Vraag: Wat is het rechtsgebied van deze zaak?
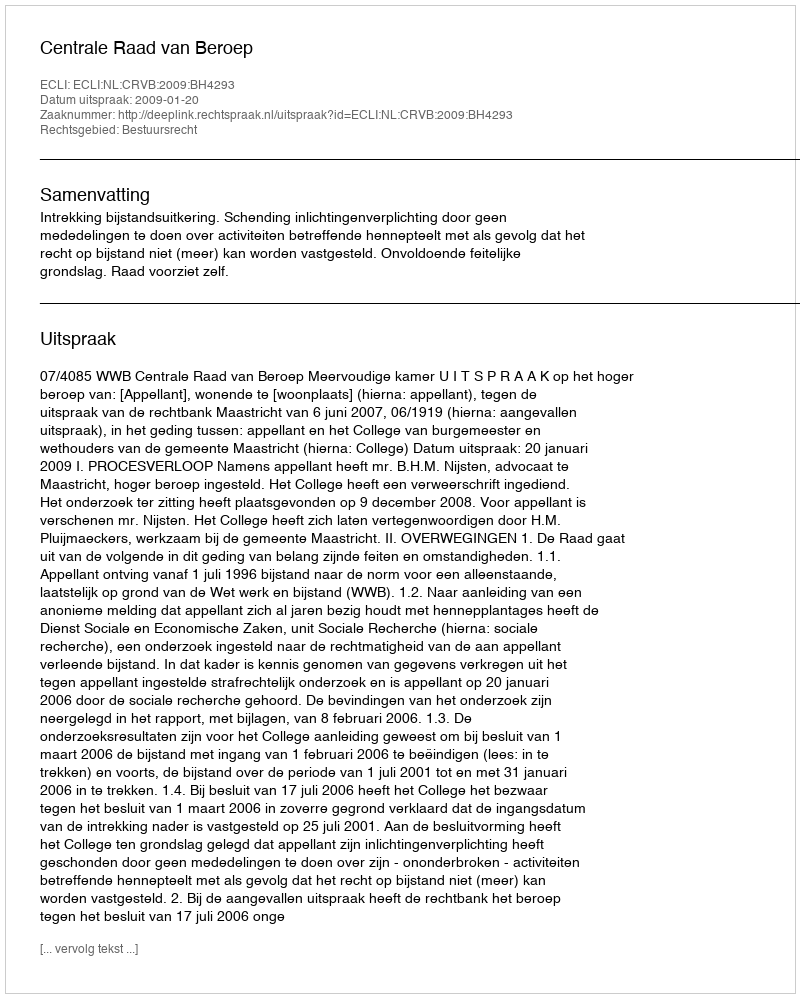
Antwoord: Bestuursrecht